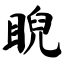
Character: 睨